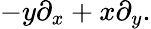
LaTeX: -y\partial_{x}+x\partial_{y}.